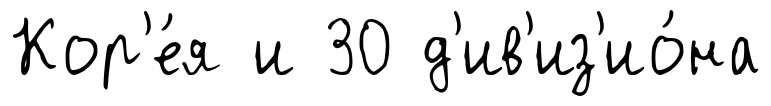
Кор'е́я и 30 д'ив'из'ио́на